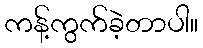
ကန့်ကွက်ခဲ့တာပါ။